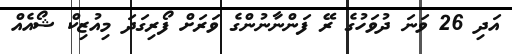
އަދި 26 ވަނަ ދުވަހުގެ ރޭ ފަންނާނުންގެ ވަރަށް ފޯރިގަދަ މިއުޒިކް ޝޯއެއް